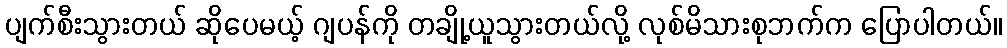
ပျက်စီးသွားတယ် ဆိုပေမယ့် ဂျပန်ကို တချို့ယူသွားတယ်လို့ လုစ်မိသားစုဘက်က ပြောပါတယ်။